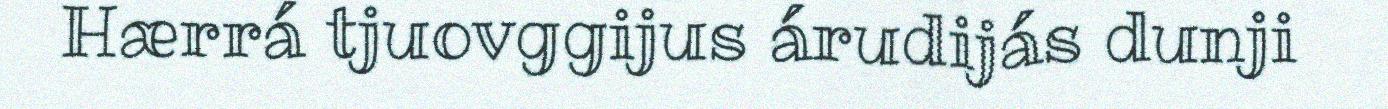
Hærrá tjuovggijus árudijás dunji